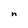
Character: n